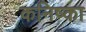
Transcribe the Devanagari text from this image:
कनिष्का